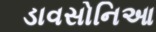
ડાવસોનિઆ